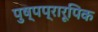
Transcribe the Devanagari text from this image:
पुष्पप्रारूपिक